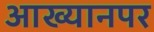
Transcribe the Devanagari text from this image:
आख्यानपर